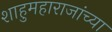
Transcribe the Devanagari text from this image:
शाहुमहाराजांच्या